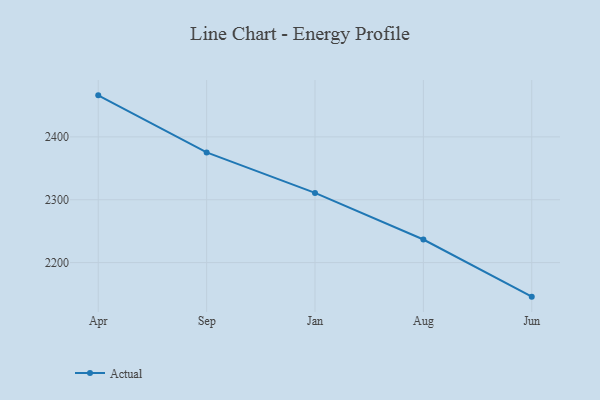
{"axis": {"x": "Month", "y": "Active Users"}, "legend": ["Actual"], "data": [{"x": "Apr", "y": 2466.1, "type": "Actual"}, {"x": "Sep", "y": 2375.3, "type": "Actual"}, {"x": "Jan", "y": 2310.9, "type": "Actual"}, {"x": "Aug", "y": 2236.7, "type": "Actual"}, {"x": "Jun", "y": 2145.8, "type": "Actual"}]}